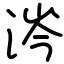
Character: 涔